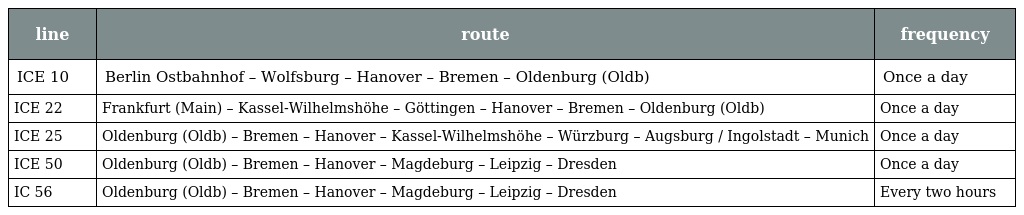
| line | route | frequency |
 | --- | --- | --- |
 | ICE 10 | Berlin Ostbahnhof – Wolfsburg – Hanover – Bremen – Oldenburg (Oldb) | Once a day |
 | ICE 22 | Frankfurt (Main) – Kassel-Wilhelmshöhe – Göttingen – Hanover – Bremen – Oldenburg (Oldb) | Once a day |
 | ICE 25 | Oldenburg (Oldb) – Bremen – Hanover – Kassel-Wilhelmshöhe – Würzburg – Augsburg / Ingolstadt – Munich | Once a day |
 | ICE 50 | Oldenburg (Oldb) – Bremen – Hanover – Magdeburg – Leipzig – Dresden | Once a day |
 | IC 56 | Oldenburg (Oldb) – Bremen – Hanover – Magdeburg – Leipzig – Dresden | Every two hours |